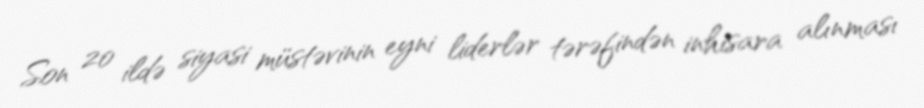
Son 20 ildə siyasi müstəvinin eyni liderlər tərəfindən inhisara alınması